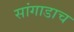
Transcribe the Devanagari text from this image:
सांगाडाच